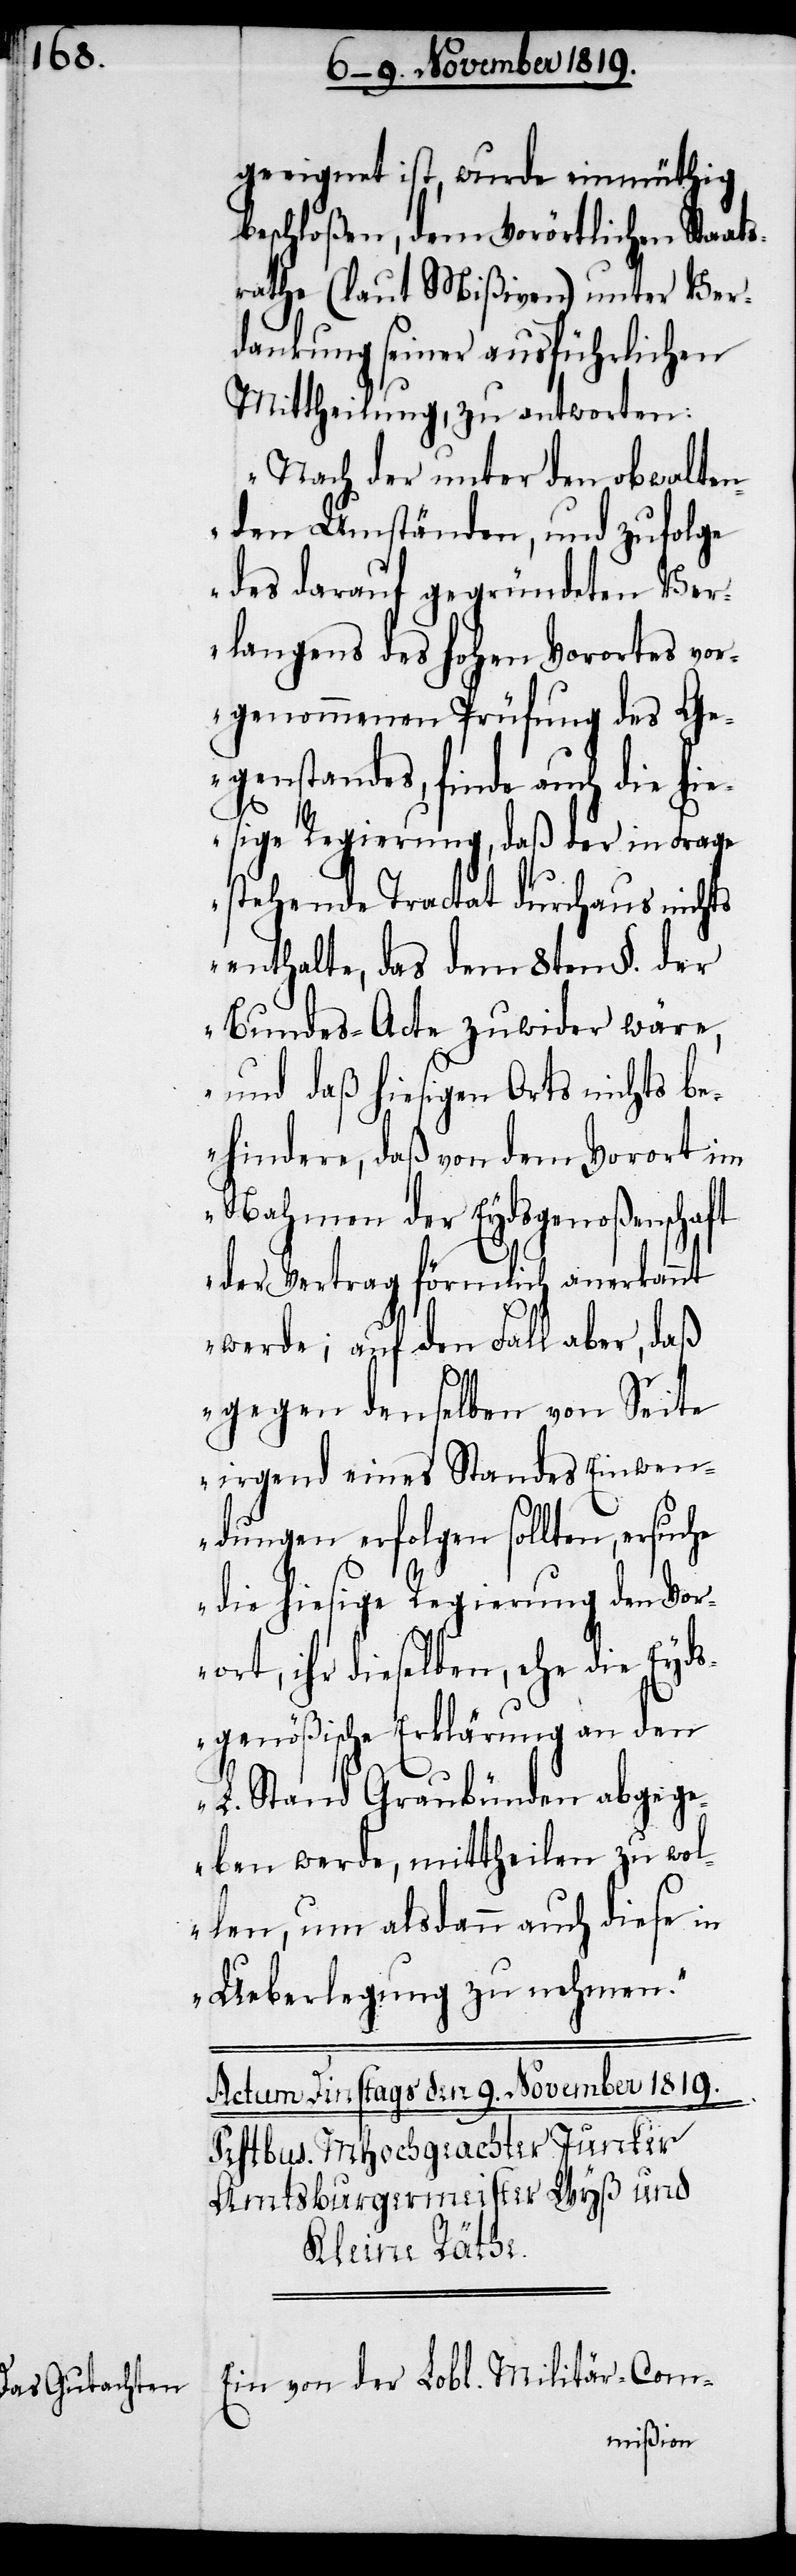
geeignet ist, wurde einmüthig
beschloßen, dem Vorörtlichen Staats¬
rathe (laut Mißiven) unter Ver¬
dankung seiner ausführlichen
Mittheilung, zu antworten:
„Nach der unter den obwalten¬
den Umständen, und zufolge
des darauf gegründeten Ver¬
langens des hohen Vorortes vor¬
genommenen Prüfung des Ge¬
genstandes, finde auch die hie¬
sige Regierung, daß der in Frage
stehende Tractat durchaus nichts
enthalte, das dem 8ten §. der
Bundes-Acte zuwider wäre,
und daß hiesigen Orts nichts be¬
hindere, daß von dem Vorort im
Nahmen der Eydsgenoßenschaft
der Vertrag förmlich anerkannt
werde; auf den Fall aber, daß
gegen denselben von Seite
irgend eines Standes Einwen¬
dungen erfolgen sollten, ersuche
die hiesige Regierung den Vor¬
ort, ihr dieselben, ehe die Eyds¬
genößische Erklärung an den
L. Stand Graubünden abgege¬
ben werde, mittheilen zu wol¬
len, um alsdann auch diese in
Ueberlegung zu nehmen.“
Ein von der Lobl. Militär-Com-